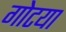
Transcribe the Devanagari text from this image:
गोटया